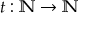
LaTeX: t : \mathbb { N } \to \mathbb { N }